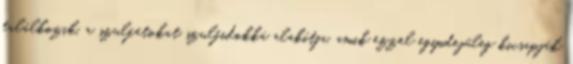
találkozik, a szulfátokat szulfidokká alakítja, amik ezzel egyidejűleg kicsapják